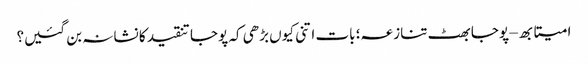
امیتابھ – پوجا بھٹ تنازعہ؛ بات اتنی کیوں بڑھی کہ پوجا تنقید کا نشانہ بن گئیں؟